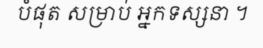
បំផុត សម្រាប់ អ្នកទស្សនា ។